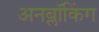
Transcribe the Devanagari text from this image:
अनब्लॉकिंग